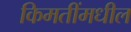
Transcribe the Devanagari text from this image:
किमतींमधील